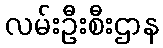
လမ်းဦးစီးဌာန